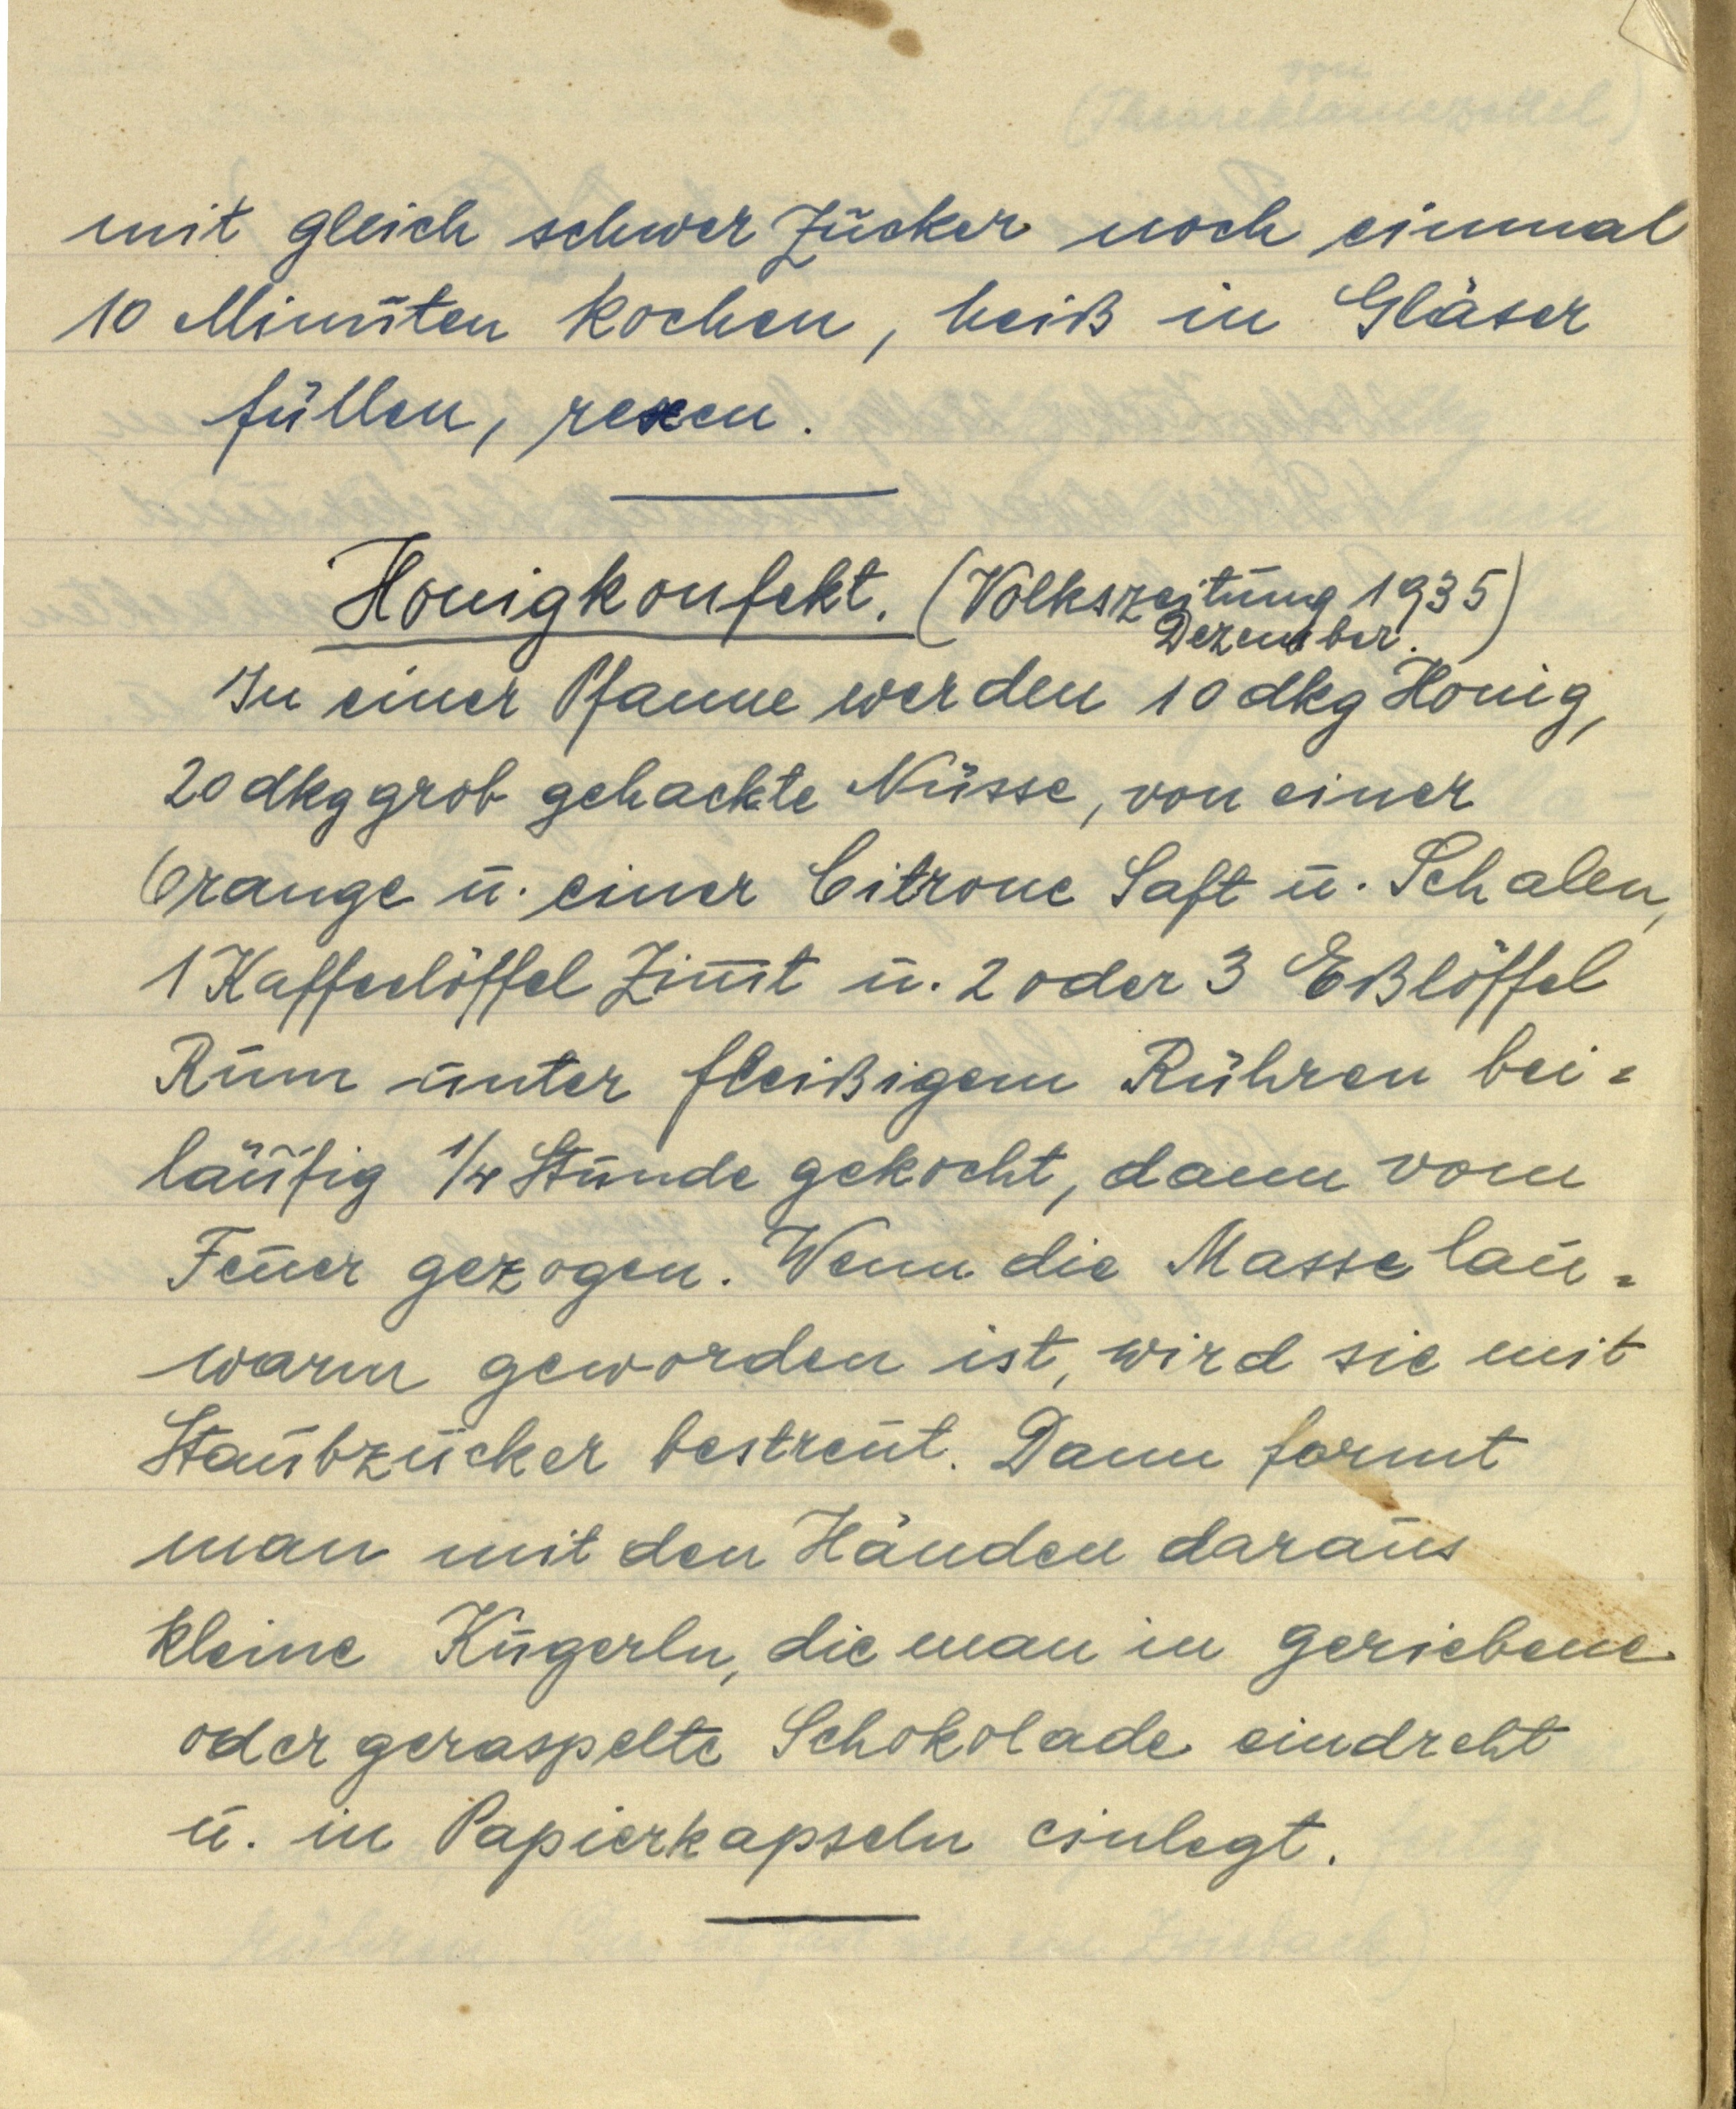
mit gleich schwer Zucker noch einmal
10 Minuten kochen, heiß in Gläser
füllen, rexen.

Honigkonfekt. (Volkszeitung 1935
Dezember.)
In einer Pfanne werden 10 dkg Honig,
20 dkg grob gehackte Nüsse, von einer
Orange u. einer Citrone Saft u. Schalen,
1 Kaffeelöffel Zimt u. 2 oder 3 Eßlöffel
Rum unter fleißigem Rühren bei¬
läufig ¼ Stunde gekocht, dann vom
Feuer gezogen. Wenn die Masse lau¬
warm geworden ist, wird sie mit
Staubzucker bestreut. Dann formt
man mit den Händen daraus
kleine Kugerln, die man in geriebene
oder geraspelte Schokolade eindreht
u. in Papierkapseln einlegt.